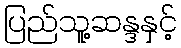
ပြည်သူ့ဆန္ဒနှင့်